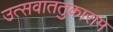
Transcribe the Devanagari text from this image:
उत्सवाततुकाराम